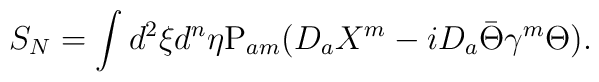
S_N=\int d^2\xi d^n\eta {\rm P}_{am}(D_a X^{m} -i D_a \bar\Theta\gamma^{m} \Theta).